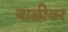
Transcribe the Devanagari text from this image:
नाळीवर